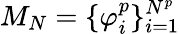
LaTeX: M_{N}=\{ \varphi_{i}^{p}\} _{i=1}^{N^{p}}